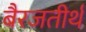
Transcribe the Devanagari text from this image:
बैरजतीर्थ